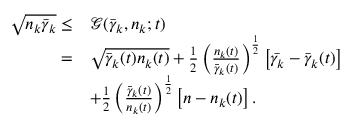
\begin{array} { r l } { \sqrt { n _ { k } \bar { \gamma } _ { k } } \le } & { \mathcal { G } ( \bar { \gamma } _ { k } , n _ { k } ; t ) } \\ { = } & { \sqrt { \bar { \gamma } _ { k } ( t ) n _ { k } ( t ) } + \frac { 1 } { 2 } \left( \frac { n _ { k } ( t ) } { \bar { \gamma } _ { k } ( t ) } \right) ^ { \frac { 1 } { 2 } } \left[ \bar { \gamma _ { k } } - \bar { \gamma } _ { k } ( t ) \right] } \\ & { + \frac { 1 } { 2 } \left( \frac { \bar { \gamma } _ { k } ( t ) } { n _ { k } ( t ) } \right) ^ { \frac { 1 } { 2 } } \left[ n - n _ { k } ( t ) \right] . } \end{array}